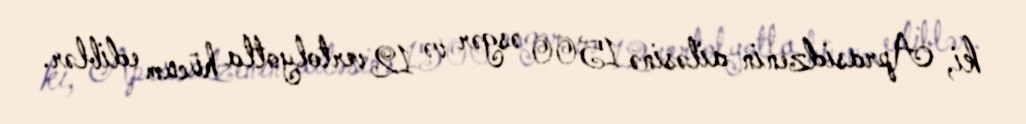
ki, Aprasidzenin ailəsinə 1500 əsgər və 12 vertolyotla hücum ediblər.